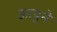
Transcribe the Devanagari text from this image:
आपुमे